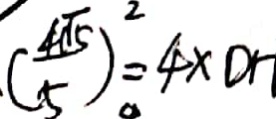
( \frac { 4 \sqrt { 5 } } { 5 } ) ^ { 2 } = 4 \times D H